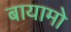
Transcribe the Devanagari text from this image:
बायामो